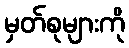
မှတ်စုများကို